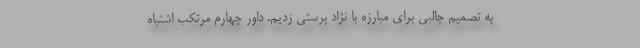
به تصمیم جالبی برای مبارزه با نژاد پرستی زدیم. داور چهارم مرتکب اشتباه